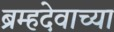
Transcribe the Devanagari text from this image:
ब्रम्हदेवाच्या